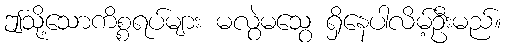
ဤသို့သောကိစ္စရပ်များ မလွဲမသွေ ရှိနေပါလိမ့်ဦးမည်။